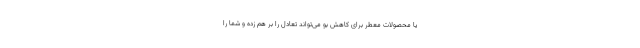
یا محصولات معطر برای کاهش بو می‌تواند تعادل را بر هم زده و شما را